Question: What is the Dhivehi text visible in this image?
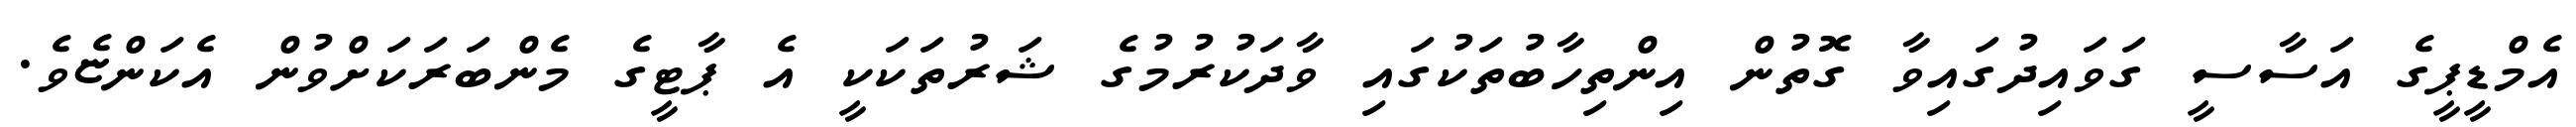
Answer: އެމްޑީޕީގެ އަސާސީ ގަވައިދުގައިވާ ގޮތުން އިންތިހާބުތަކުގައި ވާދަކުރުމުގެ ޝަރުތަކަކީ އެ ޕާޓީގެ މެންބަރަކަށްވުން އެކަންޏެވެ.